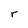
Character: r